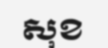
សុខ